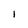
Character: I